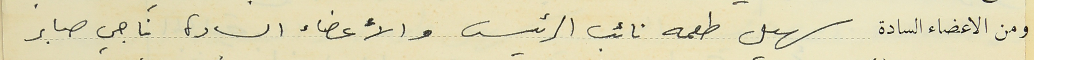
ومن الاعضاء السادة سهيل طعمه نائب الرئيس والأعضاء السادة ناجي صابر